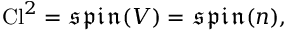
\operatorname { C l } ^ { 2 } = { \mathfrak { s p i n } } ( V ) = { \mathfrak { s p i n } } ( n ) ,